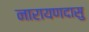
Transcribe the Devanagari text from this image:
नारायणदासु